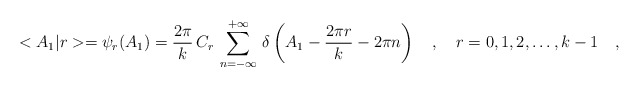
\begin{align*}<A_1|r>=\psi_r(A_1)=\frac{2\pi}{k}\,C_r\,\sum_{n=-\infty}^{+\infty}\,\delta\left(A_1-\frac{2\pi r}{k}-2\pi n\right)\ \ \ ,\ \ \ r=0,1,2,\dots,k-1\ \ \ ,\end{align*}